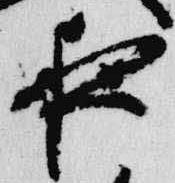
夜